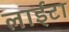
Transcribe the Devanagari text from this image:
लाईटा